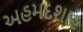
અહમદશાહ